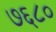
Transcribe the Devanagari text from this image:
७६८०